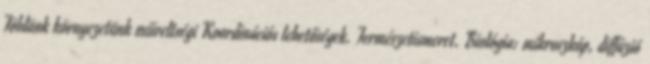
Földünk környezetünk műveltségi Koordinációs lehetőségek. Természetismeret. Biológia: mikroszkóp, diffúzió